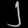
Digit: ၂